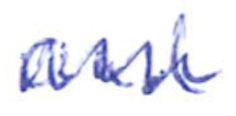
Text: and
Cross-out: zig-zag
Writing tool: ballpoint